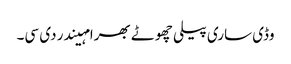
وڈی ساری پیلی چھوٹے بھرا مہیندر دی سی۔